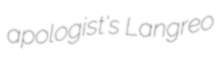
apologist's Langreo